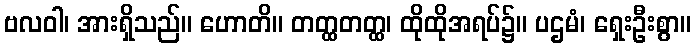
ဗလဝါ၊ အားရှိသည်။ ဟောတိ။ တတ္ထတတ္ထ၊ ထိုထိုအရပ်၌။ ပဌမံ၊ ရှေးဦးစွာ။